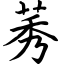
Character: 莠